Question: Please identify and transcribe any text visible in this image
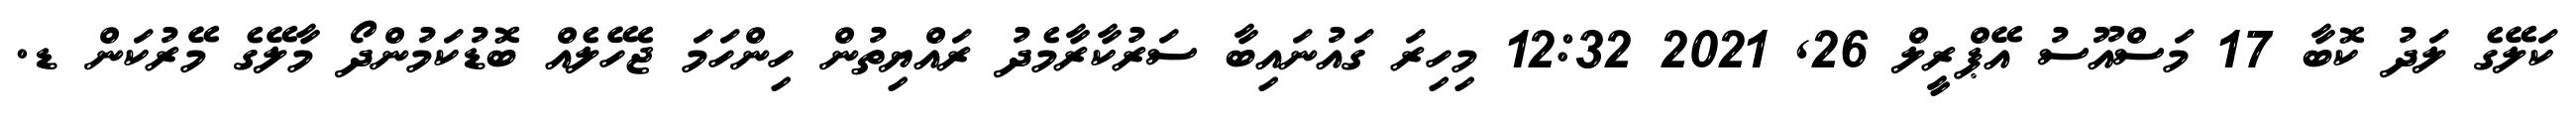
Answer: ކަލޭގެ ލަދު ކޮބާ 17 މަސްއޫސު އޭޕްރީލް 26, 2021 12:32 މިހިރަ ގައުނައިބާ ސަރުކާރާމެދު ރައްޔިތުން ހިންހަމަ ޖެހޭލެއް ބޮޑުކަމުންދޯ މާލޭގެ މޭރުކަން ޑ.